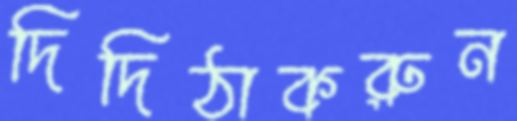
দিদিঠাকরুন